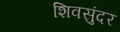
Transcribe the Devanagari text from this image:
शिवसुंदर